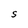
Character: a